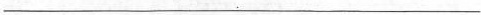
___